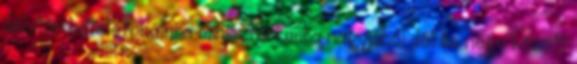
délután betelefonálni a minisztériumba nagyjából dél és négy között